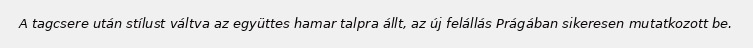
A tagcsere után stílust váltva az együttes hamar talpra állt, az új felállás Prágában sikeresen mutatkozott be.